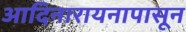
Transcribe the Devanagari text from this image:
आदिनारायनापासून